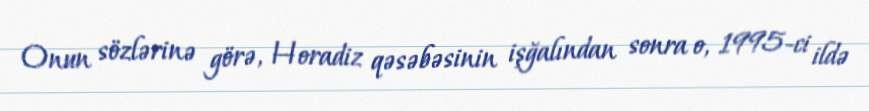
Onun sözlərinə görə, Horadiz qəsəbəsinin işğalından sonra o, 1995-ci ildə